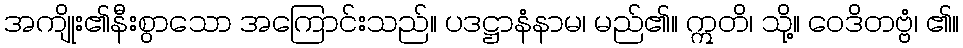
အကျိုး၏နီးစွာသော အကြောင်းသည်။ ပဒဋ္ဌာနံနာမ၊ မည်၏။ ဣတိ၊ သို့။ ဝေဒိတဗ္ဗံ၊ ၏။